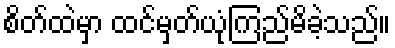
စိတ်ထဲမှာ ထင်မှတ်ယုံကြည်မိခဲ့သည်။